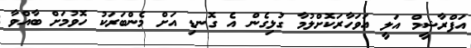
އަފްރާޝީމް އަލީ އަވަހާރަކޮށްލުމާ ގުޅިގެން އެ ގޮނޑި އަށް މެންބަރަކު ހޮވުމަށް ބާއްވާ